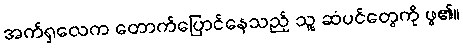
အက်ရှလေက တောက်ပြောင်နေသည့် သူ့ ဆံပင်တွေကို ဖွ၏။